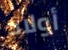
أولاد